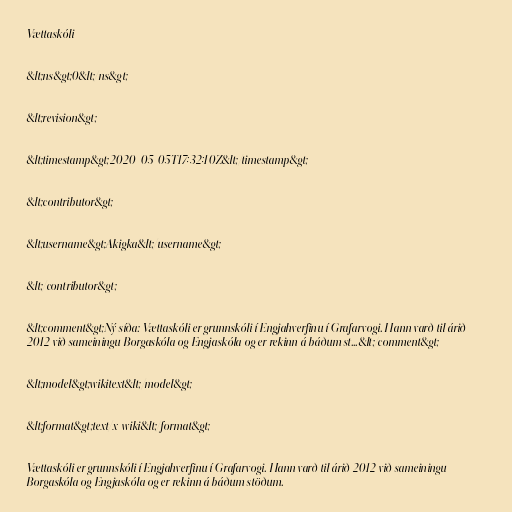
Vættaskóli

&lt;ns&gt;0&lt;/ns&gt;

&lt;revision&gt;

&lt;timestamp&gt;2020-05-05T17:32:10Z&lt;/timestamp&gt;

&lt;contributor&gt;

&lt;username&gt;Akigka&lt;/username&gt;

&lt;/contributor&gt;

&lt;comment&gt;Ný síða: Vættaskóli er grunnskóli í Engjahverfinu í Grafarvogi. Hann varð til árið
2012 við sameiningu Borgaskóla og Engjaskóla og er rekinn á báðum st...&lt;/comment&gt;

&lt;model&gt;wikitext&lt;/model&gt;

&lt;format&gt;text/x-wiki&lt;/format&gt;

Vættaskóli er grunnskóli í Engjahverfinu í Grafarvogi. Hann varð til árið 2012 við sameiningu
Borgaskóla og Engjaskóla og er rekinn á báðum stöðum.